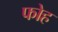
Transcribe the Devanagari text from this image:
फोह